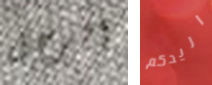
الرجل اريدكم